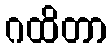
ဂထိတာ